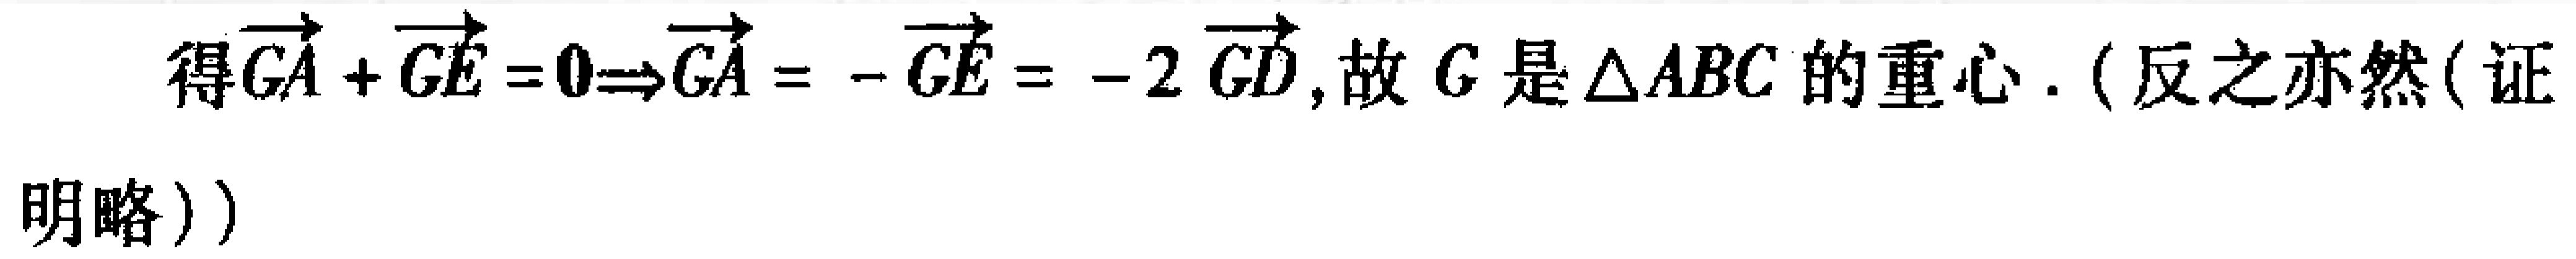
得\(\overrightarrow{GA}+\overrightarrow{GE}=\mathbf{0}\Rightarrow\overrightarrow{GA}=-\overrightarrow{GE}=-2\overrightarrow{GD}\), 故 \(G\) 是 \(\triangle ABC\) 的重心. (反之亦然(证明略))